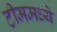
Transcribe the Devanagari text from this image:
टीममध्ये